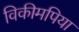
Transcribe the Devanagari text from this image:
विकीमपिया